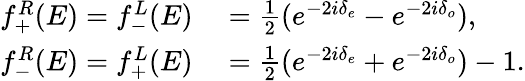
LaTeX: \begin{array}{rl}{f_{+}^{R}(E)=f_{-}^{L}(E)}&{{}=\frac 12(e^{-2i\delta_{e}}-e^{-2i\delta_{o}}),}\\ {f_{-}^{R}(E)=f_{+}^{L}(E)}&{{}=\frac 12(e^{-2i\delta_{e}}+e^{-2i\delta_{o}})-1.}\end{array}